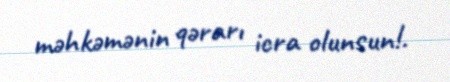
məhkəmənin qərarı icra olunsun!.